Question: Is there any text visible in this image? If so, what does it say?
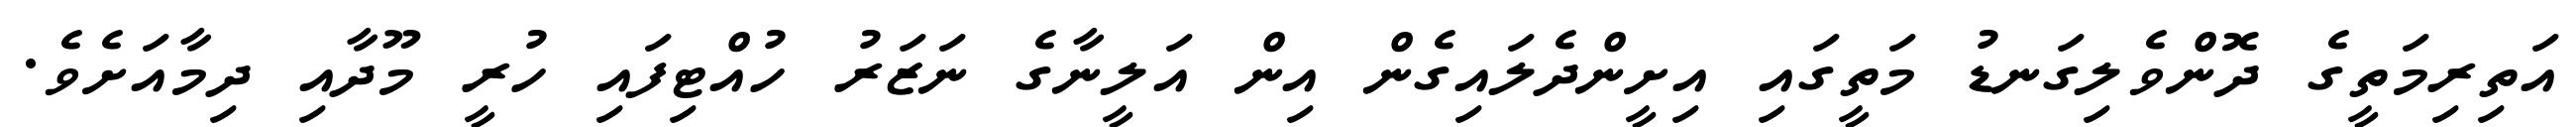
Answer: އަތިރިމަތީގެ ދޮންވެލިގަނޑު މަތީގައި އިށީންދެލައިގެން އިން އަލީނާގެ ނަޒަރު ހުއްޓިފައި ހުރީ މޫދާއި ދިމާއަށެވެ.